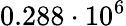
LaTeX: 0.288\cdot 10^{6}